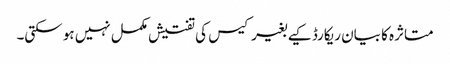
متاثرہ کا بیان ریکارڈ کیے بغیر کیس کی تفتیش مکمل نہیں ہو سکتی۔